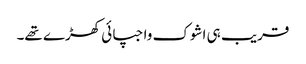
قریب ہی اشوک واجپائی کھڑے تھے۔